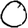
Digit: 0